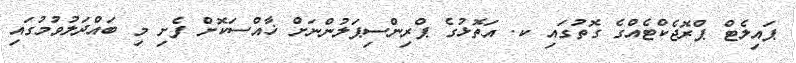
ޕައިލެޓް ޕްރޮޖެކްޓެއްގެ ގޮތުގައި ކ. އަތޮޅުގެ ޕްރިންސިޕަލުންނަށް ޚާއްސަކޮށް ފެށި މި ބައްދަލުވުމުގައި